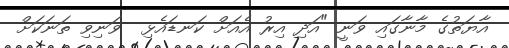
އާޔަތުގެ މާނާގައި ވަނީ "އަދި އިރު އެއަށް ކަނޑައެޅި  ވަނިވި ތަނަކަށް